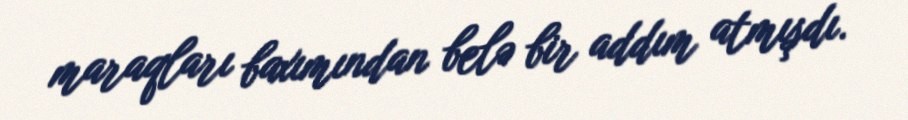
maraqları baxımından belə bir addım atmışdı.